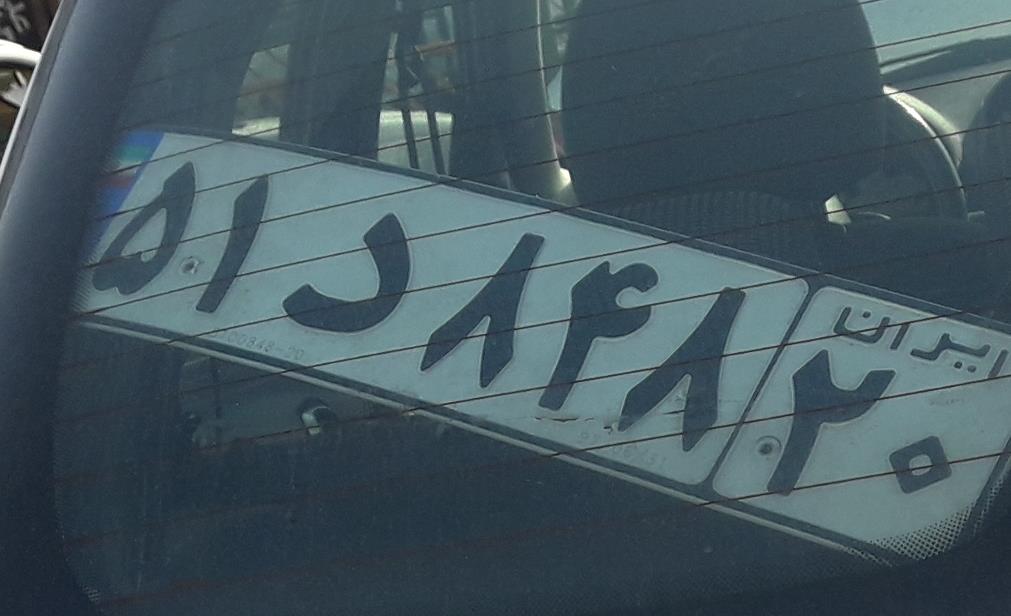
۵۱د۸۴۸۲۰